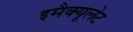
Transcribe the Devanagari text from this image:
इमैक्यूलेट